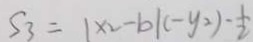
S _ { 3 } = 1 \times 2 - b \vert ( - y _ { 2 } ) - \frac { 1 } { 2 }